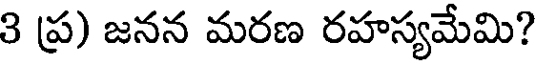
3 ప్ర) జనన మరణ రహస్యమేమి?